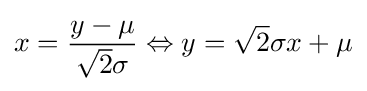
x={\frac {y-\mu }{{\sqrt {2}}\sigma }}\Leftrightarrow y={\sqrt {2}}\sigma x+\mu